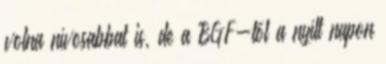
volna nívosabbat is, de a BGF-től a nyílt napon